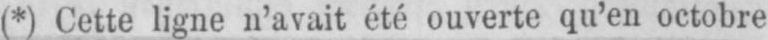
(*) Cette ligne n’avait été ouverte qu’en octobre